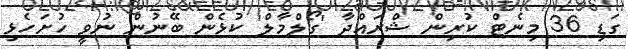
ގަޑި 36 މިނެޓް ކުރިން ޝްރައްދާ 'ގޯލްމާލް' ކުޅެން ބޭނުން ނުވީ ހުށަހެޅި